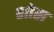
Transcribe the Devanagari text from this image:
शोस